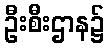
ဦးစီးဌာန၌